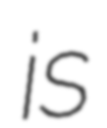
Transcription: is